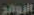
الرواد